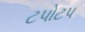
ટપોટપ